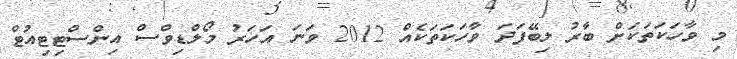
މި ވާހަކަތަކަށް ބާރު ލިބޭފަދަ ވާހަކަތަކެއް 2012 ވަނަ އަހަރު މޯލްޑިވްސް އިންސްޓިޓިއުޓް